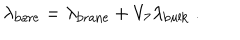
LaTeX: \lambda _ { \mathrm { b a r e } } = \lambda _ { \mathrm { b r a n e } } + V _ { 7 } \lambda _ { \mathrm { b u l k } } \ .